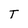
Character: T